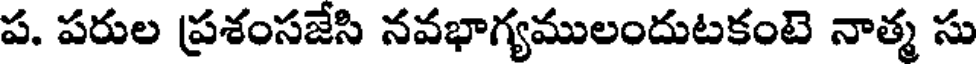
ప. పరుల ప్రశంసజేసి నవభాగ్యములందుటకంటె నాత్మ సు